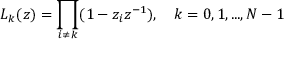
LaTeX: L _ { k } ( z ) = \prod _ { i \neq k } ( 1 - z _ { i } z ^ { - 1 } ) , \quad k = 0 , 1 , . . . , N - 1